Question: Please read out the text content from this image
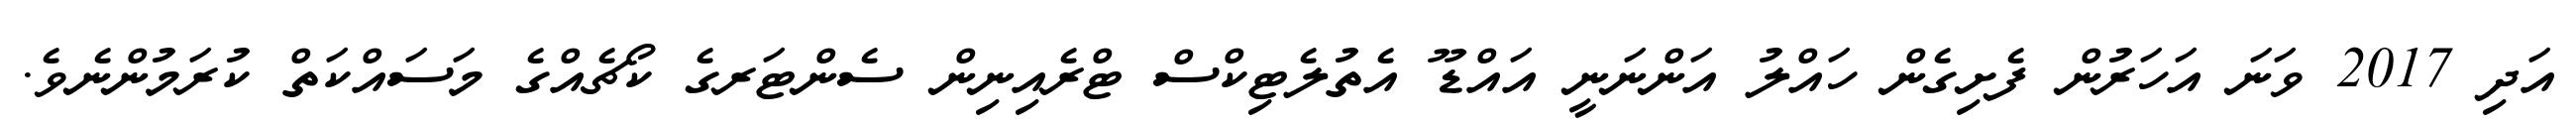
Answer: އަދި 2017 ވަނަ އަހަރުން ފެށިގެން ހައްލު އަންނަނީ އައްޑޫ އެތުލެޓިކްސް ޓްރެއިނިން ސެންޓަރގެ ކޯޗެއްގެ މަސައްކަތް ކުރަމުންނެވެ.